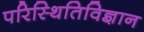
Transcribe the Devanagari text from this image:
परिस्थितिविज्ञान